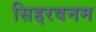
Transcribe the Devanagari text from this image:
सिद्दरवनम